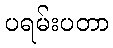
ပရမ်းပတာ